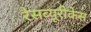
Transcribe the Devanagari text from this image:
रैसब्यूरीकेस